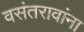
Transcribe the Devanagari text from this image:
वसंतरावांना